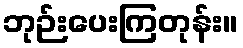
ဘုဉ်းပေးကြတုန်း။